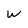
Character: w